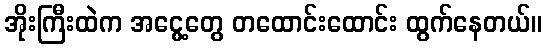
အိုးကြီးထဲက အငွေ့တွေ တထောင်းထောင်း ထွက်နေတယ်။